Indian Medical Review
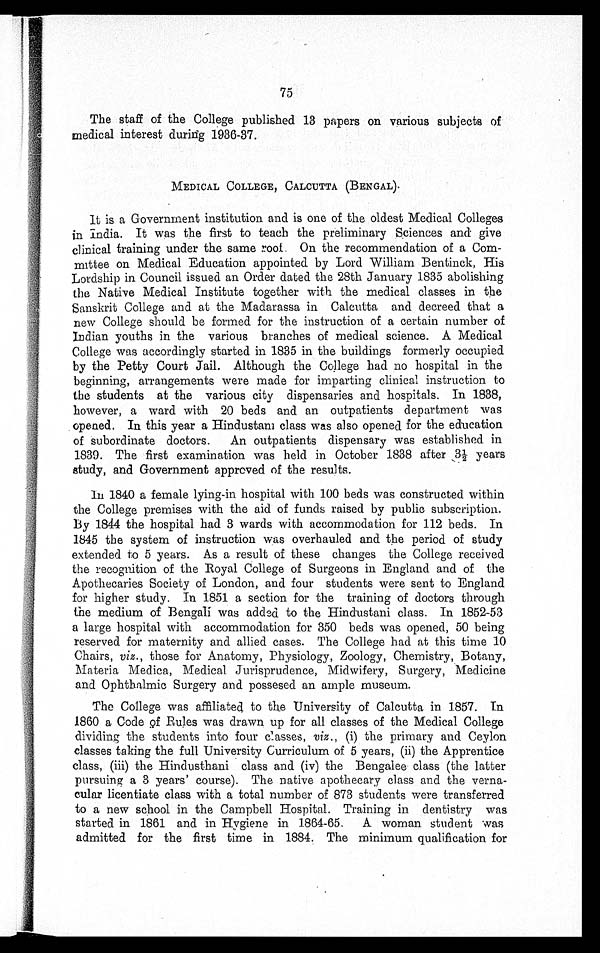
75
The staff of the College published 13 papers on various subjects of
medical interest during 1936-37.
MEDICAL COLLEGE, CALCUTTA (BENGAL).
It is a Government institution and is one of the oldest Medical Colleges
in India. It was the first to teach the preliminary Sciences and give
clinical training under the same roof. On the recommendation of a Com-
mittee on Medical Education appointed by Lord William Bentinck, His
Lordship in Council issued an Order dated the 28th January 1835 abolishing
the Native Medical Institute together with the medical classes in the
Sanskrit College and at the Madarassa in Calcutta and decreed that a
new College should be formed for the instruction of a certain number of
Indian youths in the various branches of medical science. A Medical
College was accordingly started in 1835 in the buildings formerly occupied
by the Petty Court Jail. Although the College had no hospital in the
beginning, arrangements were made for imparting clinical instruction to
the students at the various city dispensaries and hospitals. In 1838,
however, a ward with 20 beds and an outpatients department was
opened. In this year a Hindustani class was also opened for the education
of subordinate doctors. An outpatients dispensary was established in
1839. The first examination was held in October 1838 after 3½ years
study, and Government approved of the results.
In 1840 a female lying-in hospital with 100 beds was constructed within
the College premises with the aid of funds raised by public subscription.
By 1844 the hospital had 3 wards with accommodation for 112 beds. In
1845 the system of instruction was overhauled and the period of study
extended to 5 years. As a result of these changes the College received
the recognition of the Royal College of Surgeons in England and of the
Apothecaries Society of London, and four students were sent to England
for higher study. In 1851 a section for the training of doctors through
the medium of Bengali was added to the Hindustani class. In 1852-53
a large hospital with accommodation for 350 beds was opened, 50 being
reserved for maternity and allied cases. The College had at this time 10
Chairs, viz. , those for Anatomy, Physiology, Zoology, Chemistry, Botany,
Materia Medica, Medical jurisprudence, Midwifery, Surgery, Medicine
and Ophthalmic Surgery and possesed an ample museum.
The College was affiliated to the University of Calcutta in 1857. In
1860 a Code of Rules was drawn up for all classes of the Medical College
dividing the students into four classes, v i z . ,
( i ) t h e p r i m a r y a n d C e y l o n
classes taking the full University Curriculum of 5 years, (ii) the Apprentice
class, (iii) the Hindusthani class and (iv) the Bengalee class (the latter
pursuing a 3 years' course). The native apothecary class and the verna-
cular licentiate class with a total number of 873 students were transferred
to a new school in the Campbell Hospital. Training in dentistry was
started in 1861 and in Hygiene in 1864-65. A woman student was
admitted for the first time in 1884. The minimum qualification for